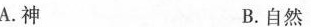
A.神 B.自然